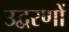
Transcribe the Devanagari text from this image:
उद्वरणों